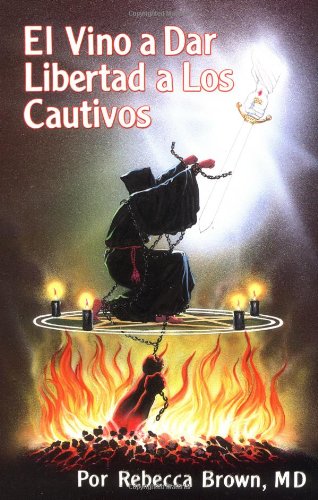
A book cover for ÃEl vino a dar libertad a los cautivos; BROWN REBECCA; Christian Books & Bibles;